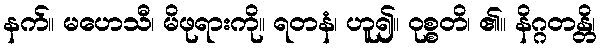
နက်။ မဟေသီ၊ မိဖုရားကို။ ရတနံ၊ ဟူ၍။ ဝုစ္စတိ၊ ၏။ နိဂ္ဂတန္တိ၊